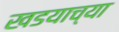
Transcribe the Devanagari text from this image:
खडयाच्या